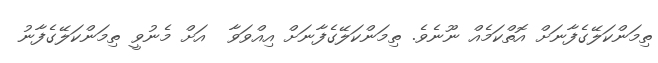
ތިމަންކަލޭގެފާނަށް އޮތްކަމެއް ނޫނެވެ. ތިމަންކަލޭގެފާނަށް އިއްވަވާ  އަށް މެނުވީ ތިމަންކަލޭގެފާނު